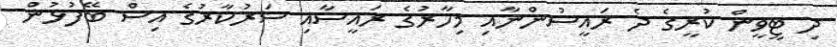
ދި ޓީވީން ކުރީގެ ދެ ރައީސުންނާއި މިހާރުގެ ރައީސާއި ސަރުކާރުގެ އިސް ބޭފުޅުން